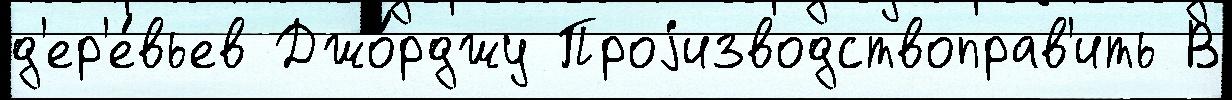
д'ер'е́вьев Джо́рджу Проjизводствоправ'ить В